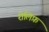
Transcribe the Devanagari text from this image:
रीलिफ़